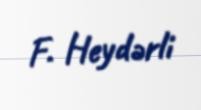
F. Heydərli